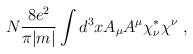
LaTeX: \begin{align*}N \frac{8e^2}{\pi |m|} \int d^3 x A_\mu A^\mu \chi^*_\nu \chi^\nu ~,\end{align*}